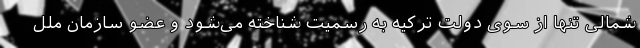
شمالی تنها از سوی دولت ترکیه به رسمیت شناخته می‌شود و عضو سازمان ملل